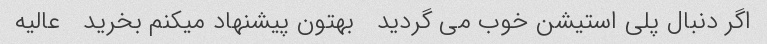
اگر دنبال پلی استیشن خوب می گردید   بهتون پیشنهاد میکنم بخرید   عالیه